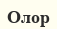
Олор